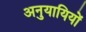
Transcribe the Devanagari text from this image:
अनुयायियों